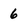
Character: 6